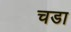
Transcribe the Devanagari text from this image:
चडा